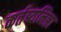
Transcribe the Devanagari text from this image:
कर्तब्यनिष्ठा